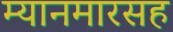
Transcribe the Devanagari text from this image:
म्यानमारसह